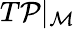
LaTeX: T{\cal P}{\vert_{\mathcal{M}}}